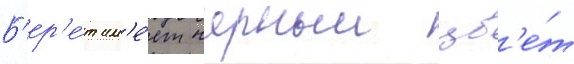
Б'ер'е́т им'е́ет черныи цв'е́т